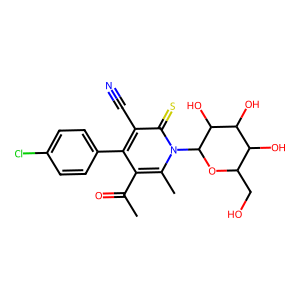
SMILES: CC(=O)c1c(-c2ccc(Cl)cc2)c(C#N)c(=S)n(C2OC(CO)C(O)C(O)C2O)c1C
Inhibits HIV replication: No